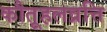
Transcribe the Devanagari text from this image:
कौतूहलव्रत्ति